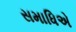
સમાધિએ